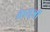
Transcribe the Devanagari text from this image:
थे।सूत्रों